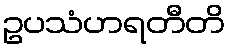
ဥပသံဟရတီတိ